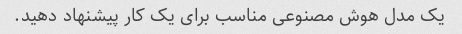
یک مدل هوش مصنوعی مناسب برای یک کار پیشنهاد دهید.